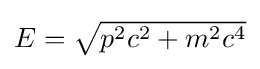
{\textstyle E={\sqrt {p^{2}c^{2}+m^{2}c^{4}}}}